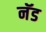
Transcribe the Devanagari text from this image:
नॅड